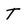
Character: T